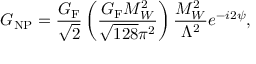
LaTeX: G _ { \mathrm { N P } } = \frac { G _ { \mathrm { F } } } { \sqrt { 2 } } \left( \frac { G _ { \mathrm { F } } M _ { W } ^ { 2 } } { \sqrt { 1 2 8 } \pi ^ { 2 } } \right) \frac { M _ { W } ^ { 2 } } { \Lambda ^ { 2 } } e ^ { - i 2 \psi } ,